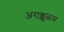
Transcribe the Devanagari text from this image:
अराक्कुळम